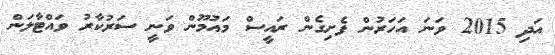
އަދި 2015 ވަނަ އަހަރުން ފެށިގެން ރައީސް މައުމޫން ވަނީ ސަރުކާރު ވައްޓާލަން